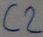
Text: C2